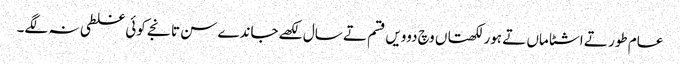
عام طور تے اشٹاماں تے ہور لکھتاں وچ دوویں قسم تے سال لکھے جاندے سن تانجے کوئی غلطی نہ لگے۔